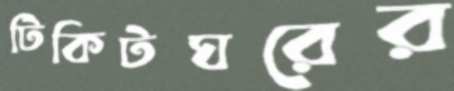
টিকিটঘরের